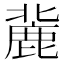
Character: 𪊠